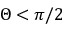
\Theta < \pi / 2